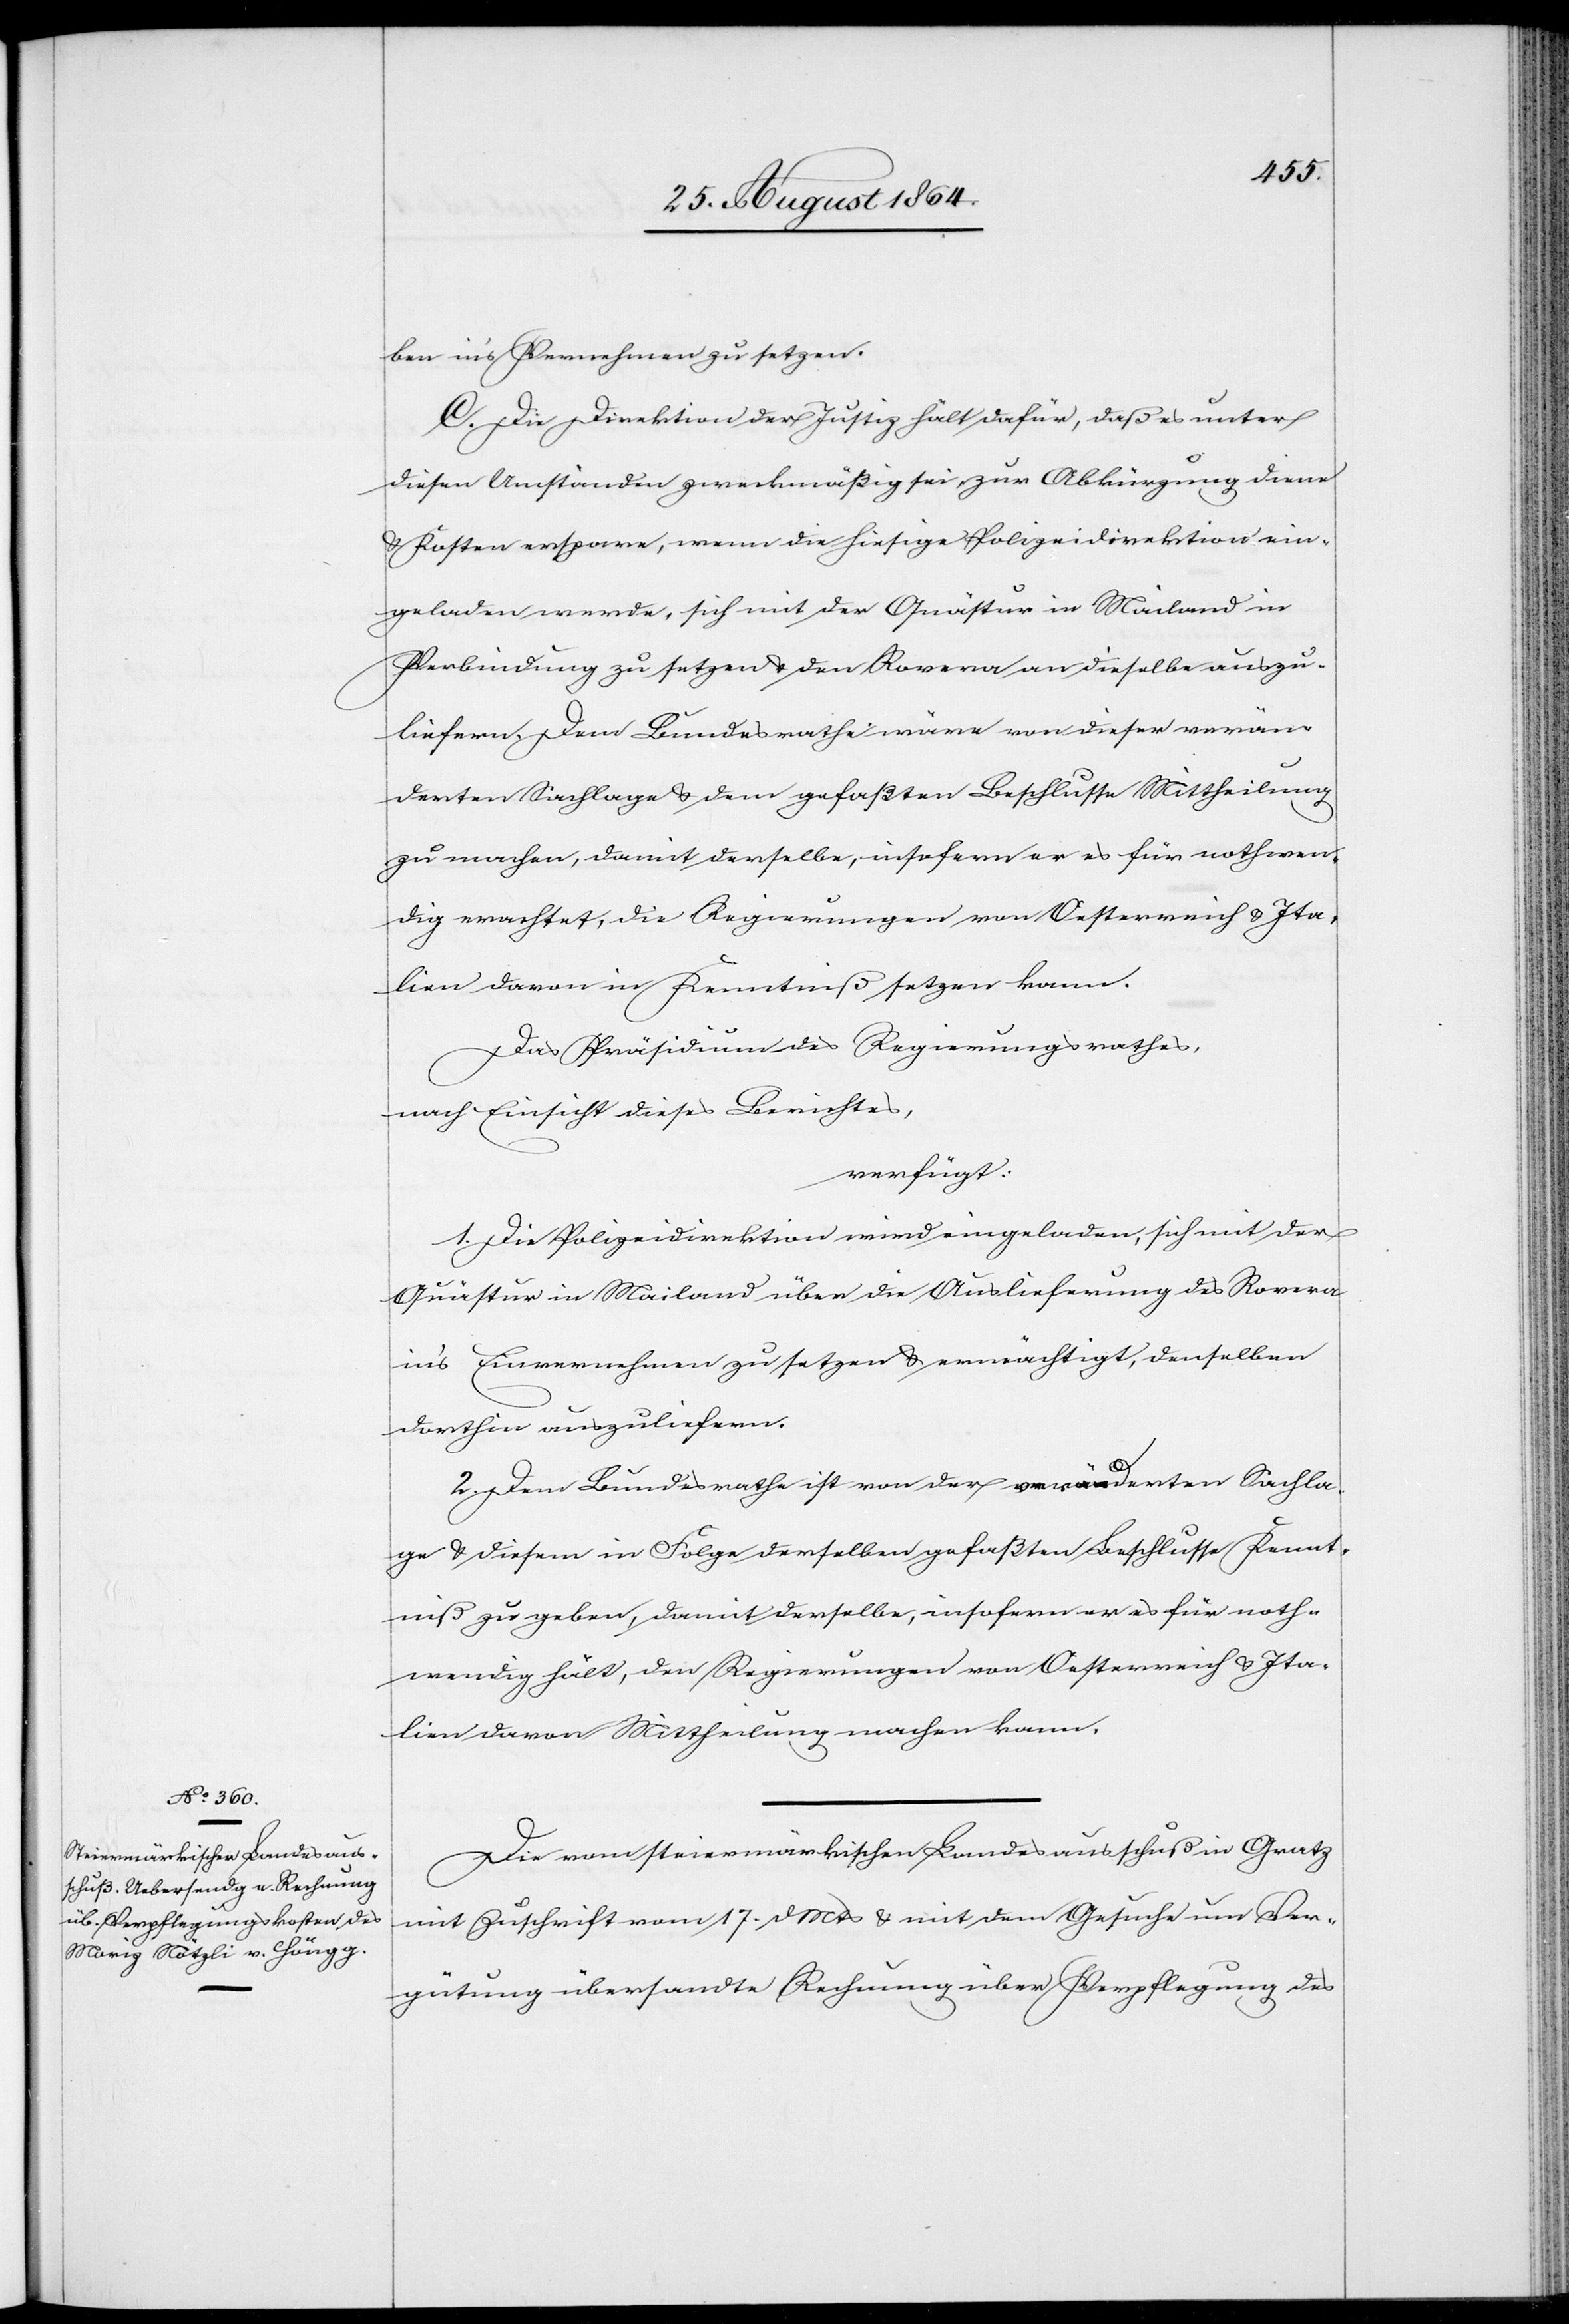
28. August 1864.]
ben in’s Vernehmen zu setzen.
C. Die Direktion der Justiz hält dafür, daß es unter
diesen Umständen zweckmäßig sei, zur Abkürzung diene
& Kosten erspare, wenn die hiesige Polizeidirektion ein¬
geladen werde, sich mit der Quästur in Mailand in
Verbindung zu setzen & den Rovera an dieselbe auszu¬
liefern. Dem Bundesrathe wäre von dieser verän¬
derten Sachlage & dem gefaßten Beschlusse Mittheilung
zu machen, damit derselbe, insofern er es für nothwen¬
dig erachtet, die Regierungen von Oesterreich & Ita¬
lien davon in Kenntniß setzen kann.
Das Präsidium des Regierungsrathes,
nach Einsicht dieses Berichtes,
verfügt:
1. Die Polizeidirektion wird eingeladen, sich mit der
Quästur in Mailand über die Auslieferung des Rovera
in’s Einvernehmen zu setzen & ermächtigt, denselben
dorthin auszuliefern.
2. Dem Bundesrathe ist von der veränderten Sachla¬
ge & diesem in Folge derselben gefaßten Beschlusse Kennt¬
niß zu geben, damit derselbe, insofern er es für noth¬
wendig hält, den Regierungen von Oesterreich & Ita¬
lien davon Mittheilung machen kann.
Die vom steiermärkischen Landesausschuß in Gratz
mit Zuschrift vom 17. d. Mts. & mit dem Gesuche um Ver¬
gütung übersandte Rechnung über Verpflegung des